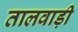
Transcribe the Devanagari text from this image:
तालवाड़ी